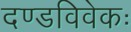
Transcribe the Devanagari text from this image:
दण्डविवेकः